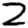
Digit: 2